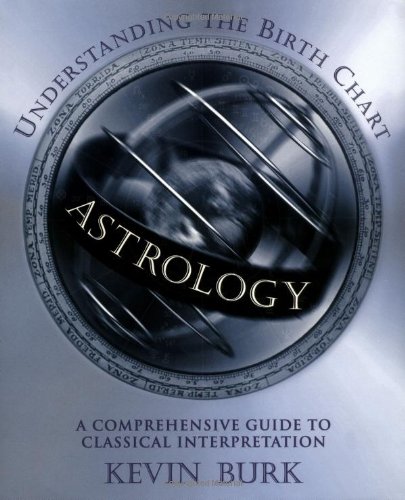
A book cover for Astrology: Understanding the Birth Chart; Kevin Burk; Religion & Spirituality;